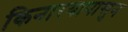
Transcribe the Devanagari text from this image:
किनारयापासुन